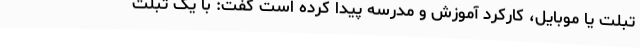
تبلت یا موبایل، کارکرد آموزش و مدرسه پیدا کرده است گفت: با یک تبلت